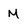
Character: M